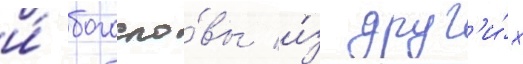
и́ богосло́вы и́з друг'и́х